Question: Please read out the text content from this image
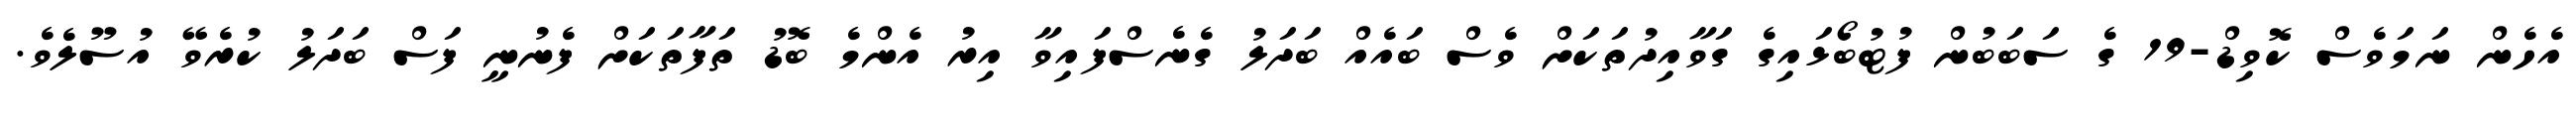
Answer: އެހެން ނަމަވެސް ކޮވިޑް-19 ގެ ސަބަބުން ފުޓުބޯޅައިގެ ގަވާއިދުތަކަށް ވެސް ބައެއް ބަދަލު ގެނެސްފައިވާ އިރު އެންމެ ބޮޑު ތަފާތަކަށް ފެނުނީ ފަސް ބަދަލު ކުރެވޭ އުސޫލެވެ.